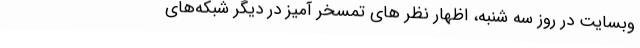
وبسایت در روز سه شنبه، اظهار نظر های تمسخر آمیز در دیگر شبکه‌های